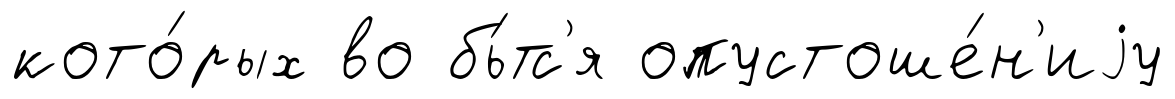
кото́рых во бь́тс'я опустоше́н'иjу